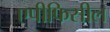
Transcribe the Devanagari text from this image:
एपीफिसील